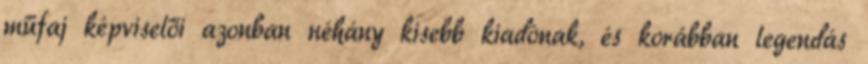
műfaj képviselői azonban néhány kisebb kiadónak, és korábban legendás